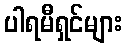
ပါရမီရှင်များ